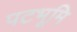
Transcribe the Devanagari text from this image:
पटभूमि